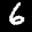
Label: 6